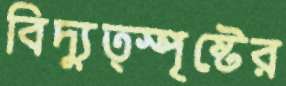
বিদ্যুত্স্পৃষ্টের